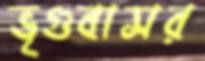
ভৃগুবাসর